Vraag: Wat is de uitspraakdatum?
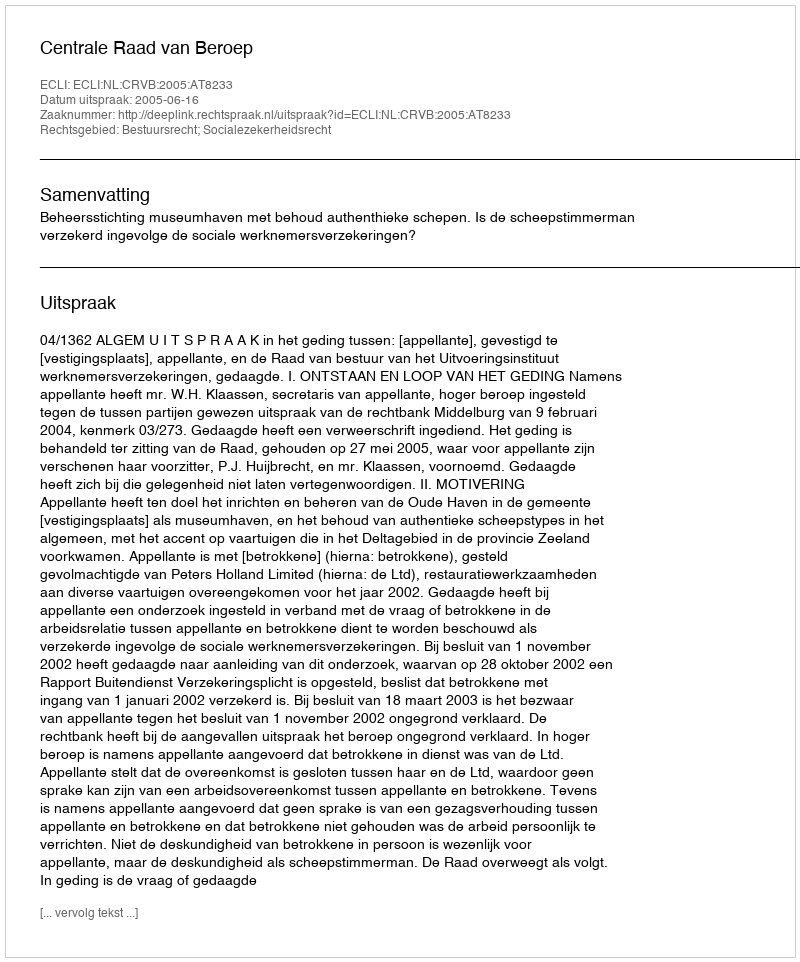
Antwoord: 2005-06-16